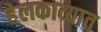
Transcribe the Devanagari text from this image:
हेलकाव्यात